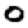
Digit: 0